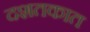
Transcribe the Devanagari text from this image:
दशतकात